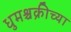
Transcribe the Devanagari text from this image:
धुमश्चक्रीच्या